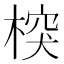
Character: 𣔻